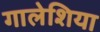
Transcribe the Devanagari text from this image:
गालेशिया